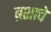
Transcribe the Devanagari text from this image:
ब्रशाचे